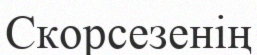
Скорсезенің